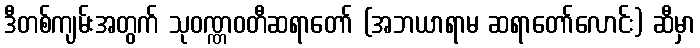
ဒီတစ်ကျမ်းအတွက် သုဝဏ္ဏဝတီဆရာတော် (အဘယာရာမ ဆရာတော်လောင်း) ဆီမှာ